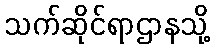
သက်ဆိုင်ရာဌာနသို့